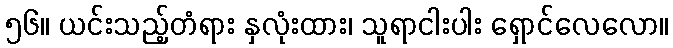
၅၆။ ယင်းသည့်တံရား နှလုံးထား၊ သူရာငါးပါး ရှောင်လေလော။